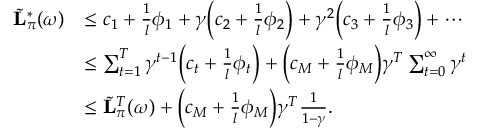
\begin{array} { r l } { \Tilde { \mathbf { L } } _ { \pi } ^ { * } ( \omega ) } & { \leq c _ { 1 } + \frac { 1 } { l } \phi _ { 1 } + \gamma \bigg ( c _ { 2 } + \frac { 1 } { l } \phi _ { 2 } \bigg ) + \gamma ^ { 2 } \bigg ( c _ { 3 } + \frac { 1 } { l } \phi _ { 3 } \bigg ) + \cdots } \\ & { \leq \sum _ { t = 1 } ^ { T } \gamma ^ { t - 1 } \bigg ( c _ { t } + \frac { 1 } { l } \phi _ { t } \bigg ) + \bigg ( c _ { M } + \frac { 1 } { l } \phi _ { M } \bigg ) \gamma ^ { T } \sum _ { t = 0 } ^ { \infty } \gamma ^ { t } } \\ & { \leq \Tilde { \mathbf { L } } _ { \pi } ^ { T } ( \omega ) + \bigg ( c _ { M } + \frac { 1 } { l } \phi _ { M } \bigg ) \gamma ^ { T } \frac { 1 } { 1 - \gamma } . } \end{array}